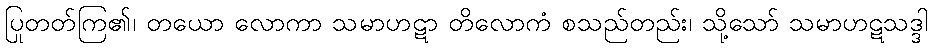
ပြုတတ်ကြ၏၊ တယော လောကာ သမာဟဋာ တိလောကံ စသည်တည်း၊ သို့သော် သမာဟဋသဒ္ဒါ